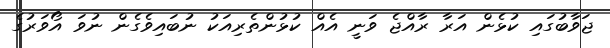
ޖަވާބުގައި ކުޅެން އަރާ ރާއްޖެ ވަނީ އެއް ކުޅުންތެރިއަކު ނުބައިވެގެން ނުވަ އޯވަރުގެ